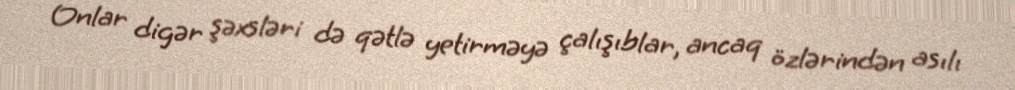
Onlar digər şəxsləri də qətlə yetirməyə çalışıblar, ancaq özlərindən asılı